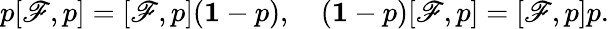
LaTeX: p[\mathscr{F},p]=[\mathscr{F},p]({\mathbf{1}}-p),\quad({\mathbf{1}}-p)[\mathscr{F},p]=[\mathscr{F},p]p.